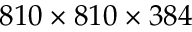
8 1 0 \times 8 1 0 \times 3 8 4